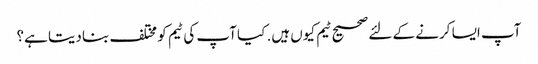
آپ ایسا کرنے کے لئے صحیح ٹیم کیوں ہیں. کیا آپ کی ٹیم کو مختلف بنا دیتا ہے؟